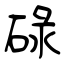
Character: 碌